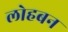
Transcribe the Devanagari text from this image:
लोहबन